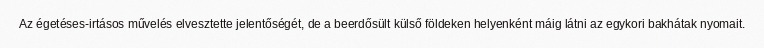
Az égetéses-irtásos művelés elvesztette jelentőségét, de a beerdősült külső földeken helyenként máig látni az egykori bakhátak nyomait.